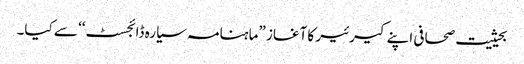
بحیثیت صحافی اپنے کیرئیر کا آغاز ”ماہنامہ سیارہ ڈائجسٹ‘‘ سے کیا۔